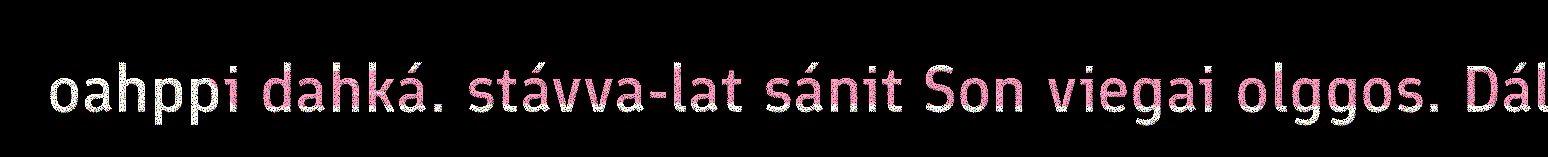
oahppi dahká. stávva-lat sánit Son viegai olggos. Dál